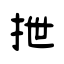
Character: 抴